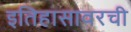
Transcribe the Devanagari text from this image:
इतिहासावरची